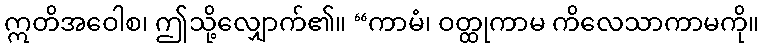
ဣတိအဝေါစ၊ ဤသို့လျှောက်၏။ “ကာမံ၊ ဝတ္ထုကာမ ကိလေသာကာမကို။